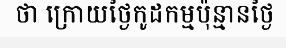
ថា ក្រោយថ្ងៃកូដកម្មប៉ុន្មានថ្ងៃ